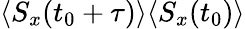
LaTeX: \langle S_{x}(t_{0}+\tau)\rangle\langle S_{x}(t_{0})\rangle